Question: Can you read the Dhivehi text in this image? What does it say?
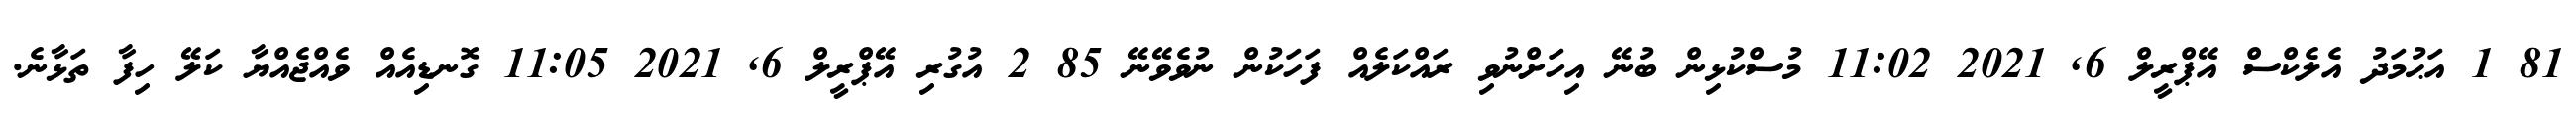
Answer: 81 1 އަޙުމަދު އެލެކްސް އޭޕްރީލް 6, 2021 11:02 މުސްކުޅިން ބުނޭ އިހަށްނުވި ރައްކަލެއް ފަހަކުން ނުވެވޭނޭ 85 2 އުގުރި އޭޕްރީލް 6, 2021 11:05 ގޮނޑިއެއް ވެއްޖެއްޔާ ކަލޭ ހިފާ ތަޅާނެ.